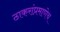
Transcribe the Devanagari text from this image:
ठाकरांप्रमाणेच